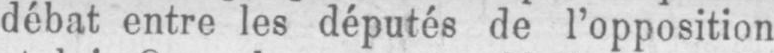
débat entre les députés de l’opposition